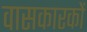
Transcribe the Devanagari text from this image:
वासकारकों